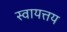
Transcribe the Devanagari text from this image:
स्वायत्तय